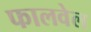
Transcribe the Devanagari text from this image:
फालवेल